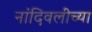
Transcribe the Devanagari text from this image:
नांदिवलीच्या